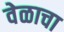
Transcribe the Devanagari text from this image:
वेळाचा